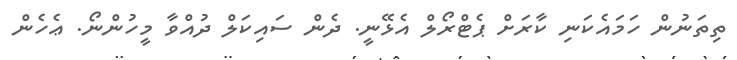
ތިތަނުން ހަމައެކަނި ކާރަށް ޕެޓްރޯލް އެޅޭނީ. ދެން ސައިކަލް ދުއްވާ މީހުންނޯ. ޢެހެން